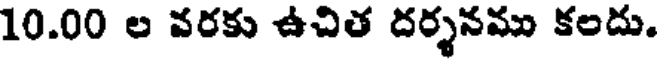
10.00 ల వరకు ఉచిత దర్శనము కందు.